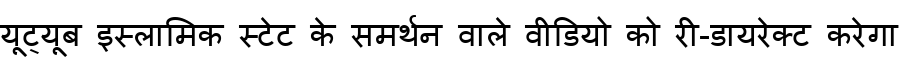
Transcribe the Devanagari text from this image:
यूट्यूब इस्लामिक स्टेट के समर्थन वाले वीडियो को री-डायरेक्ट करेगा